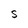
Character: S